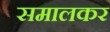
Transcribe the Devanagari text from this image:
समालकर